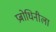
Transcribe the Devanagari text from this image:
प्रबोधिनीला